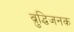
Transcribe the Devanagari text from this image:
व्रुद्धिजनक